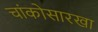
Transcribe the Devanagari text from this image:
चांकोसारखा